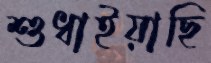
শুধাইয়াছি